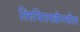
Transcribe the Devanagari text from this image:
तिरुचिरापल्लीमधील